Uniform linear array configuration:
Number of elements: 64
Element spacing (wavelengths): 0.25
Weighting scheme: hamming
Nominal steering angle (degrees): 60
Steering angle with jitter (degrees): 59.197
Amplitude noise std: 0.05
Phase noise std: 0.05

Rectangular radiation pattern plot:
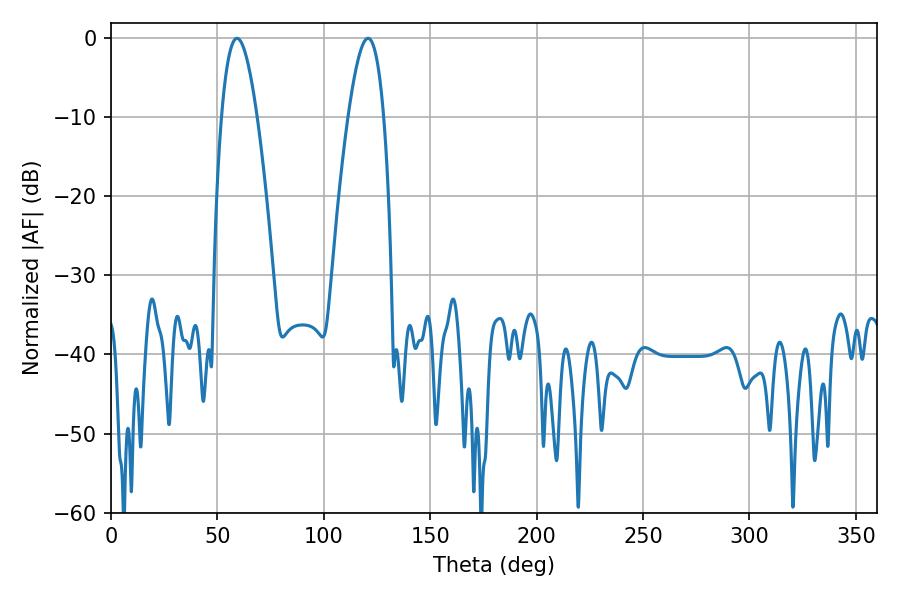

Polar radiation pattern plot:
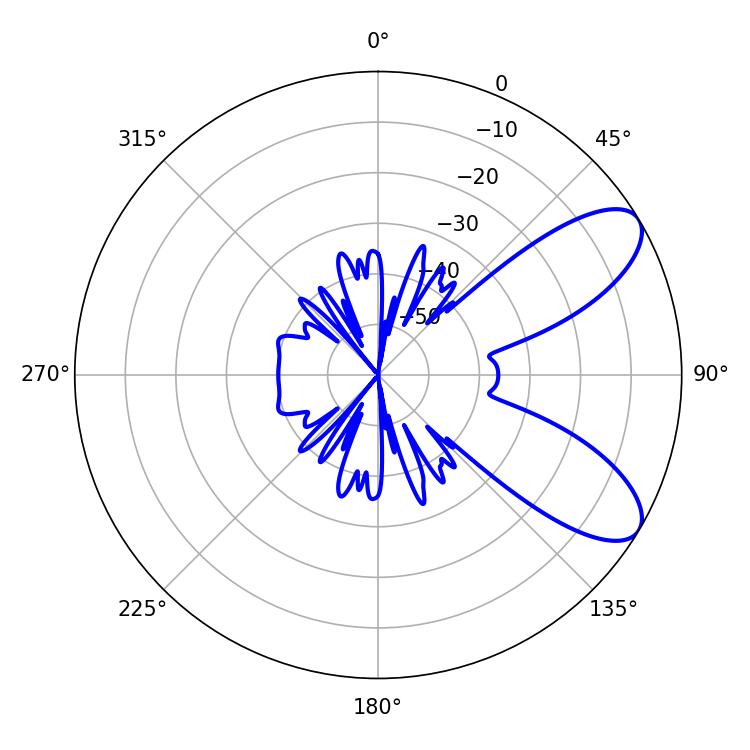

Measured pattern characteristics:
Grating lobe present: FALSE
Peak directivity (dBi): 8.282
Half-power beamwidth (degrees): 9.18
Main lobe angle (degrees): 59.22